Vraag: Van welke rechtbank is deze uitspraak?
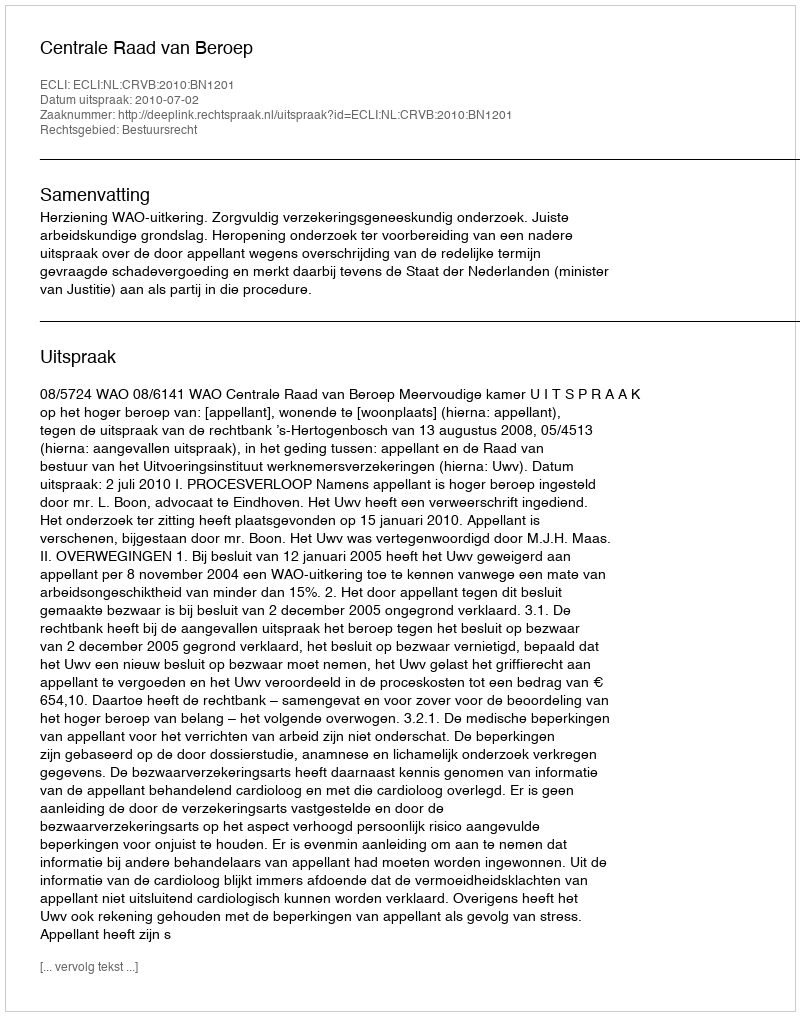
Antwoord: Centrale Raad van Beroep